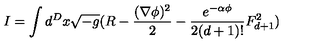
I = \int d ^ { D } x \sqrt { - g } ( R - \frac { ( \nabla \phi ) ^ { 2 } } { 2 } - \frac { e ^ { - \alpha \phi } } { 2 ( d + 1 ) ! } F _ { d + 1 } ^ { 2 } )